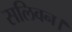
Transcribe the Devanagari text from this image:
सलिवन।